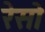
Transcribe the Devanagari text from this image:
रेसो